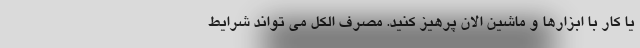
یا کار با ابزارها و ماشین الان پرهیز کنید. مصرف الکل می تواند شرایط